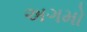
અગમો